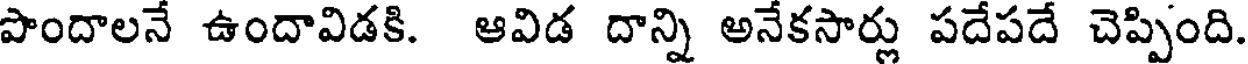
పొందాలనే ఉందావిడకి. ఆవిడ దాన్ని అనేకసార్లు పదేపదే చెప్పింది.